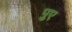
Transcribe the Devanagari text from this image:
पुए